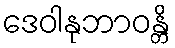
ဒေဝါနုဘာဝန္တိ